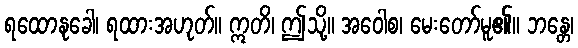
ရထောနုခေါ၊ ရထားအဟုတ်။ ဣတိ၊ ဤသို့။ အဝေါစ၊ မေးတော်မူ၏။ ဘန္တေ၊